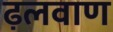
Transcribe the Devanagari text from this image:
ढ़लवाण